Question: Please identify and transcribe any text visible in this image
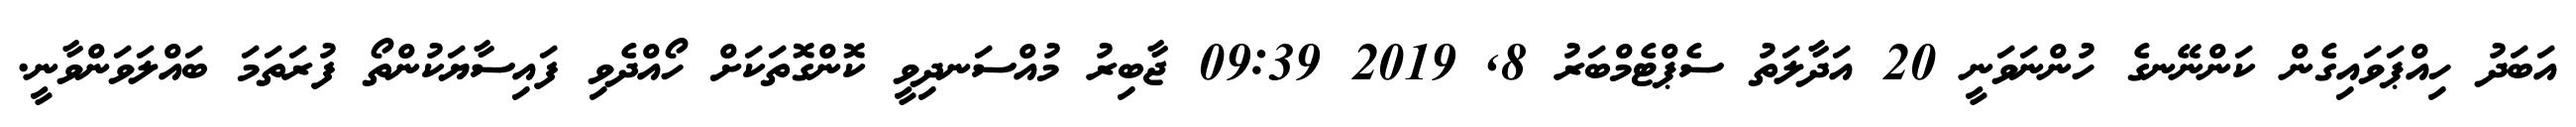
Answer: އަބަދު ހިއްޕަވައިގެން ކަންނޭނގެ ހުންނަވަނީ 20 އަދާލަތު ސެޕްޓެމްބަރު 8, 2019 09:39 ޖާބިރު މުއްސަނދިވީ ކޮންގޮތަކަށް ހޯއްދެވި ފައިސާޔަކުންތޯ ފުރަތަމަ ބައްލަވަންވާނީ.